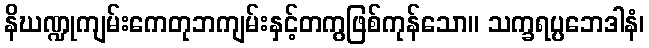
နိဃဏ္ဍုကျမ်းကေတုဘကျမ်းနှင့်တကွဖြစ်ကုန်သော။ သက္ခရပ္ပဘေဒါနံ၊